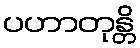
ပဟာတုန္တိ